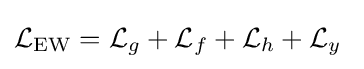
{\mathcal {L}}_{\mathrm {EW} }={\mathcal {L}}_{g}+{\mathcal {L}}_{f}+{\mathcal {L}}_{h}+{\mathcal {L}}_{y}~